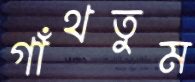
গাঁথতুম